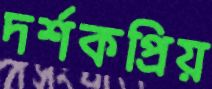
দর্শকপ্রিয়